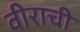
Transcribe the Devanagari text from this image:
वीराची